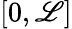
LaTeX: [0,\mathscr{L}]